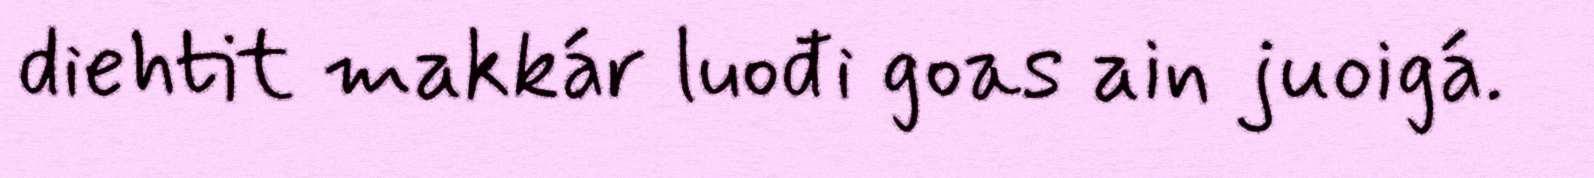
diehtit makkár luođi goas ain juoigá.